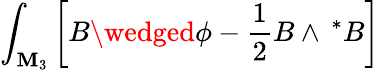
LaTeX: \int_{\mathbf{M}_{3}}\left[B\wedged\phi-\frac{1}{2}B\wedge\, ^{*}B\right]